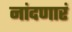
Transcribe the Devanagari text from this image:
नांदणारं